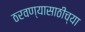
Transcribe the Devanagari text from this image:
ठरवण्यासाठीच्या